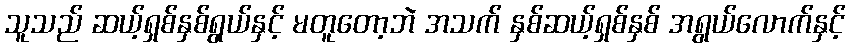
သူသည် ဆယ့်ရှစ်နှစ်ရွယ်နှင့် မတူတော့ဘဲ အသက် နှစ်ဆယ့်ရှစ်နှစ် အရွယ်လောက်နှင့်